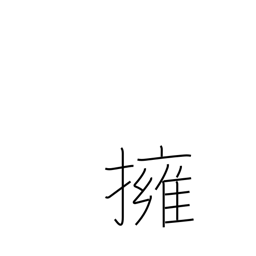
Meaning: hug